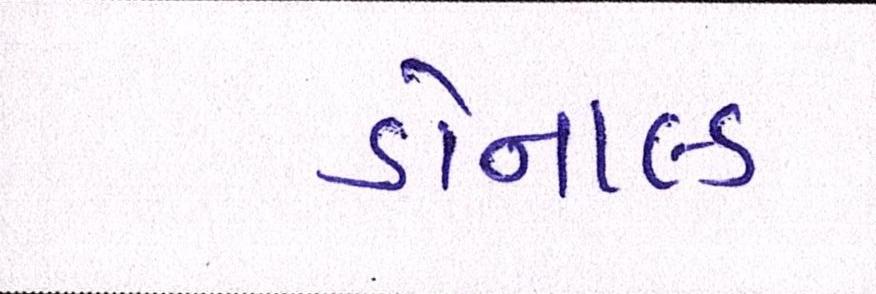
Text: ડોનાલ્ડ